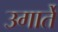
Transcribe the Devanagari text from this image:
उगार्ते